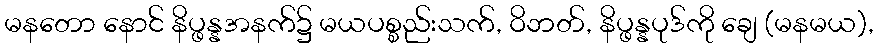
မနတော နောင် နိပ္ဖန္နအနက်၌ မယပစ္စည်းသက်, ဝိဘတ်, နိပ္ဖန္နပုဒ်ကို ချေ (မနမယ),